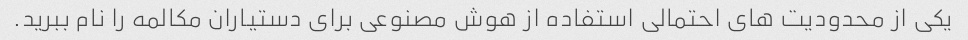
یکی از محدودیت های احتمالی استفاده از هوش مصنوعی برای دستیاران مکالمه را نام ببرید.